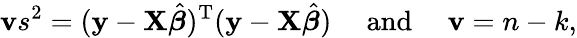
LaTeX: \mathbf{v}s^{2}=(\mathbf{{y}}-\mathbf{{X}}{\hat{{\boldsymbol{\beta}}}})^{\mathrm{{{T}}}}(\mathbf{{y}}-\mathbf{{X}}{\hat{{\boldsymbol{\beta}}}})\quad{\mathrm{{~and~}}}\quad\mathbf{v}=n-k,